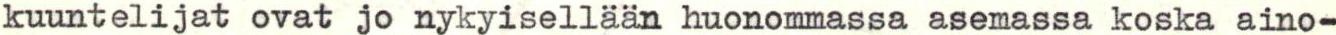
kuuntelijat ovat jo nykyisellään huonommassa asemassa koska aino-